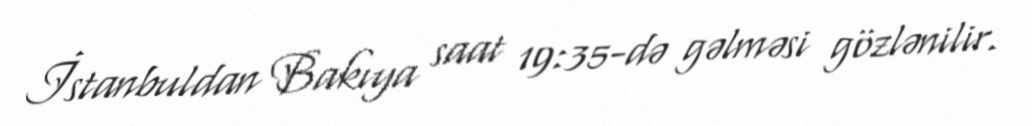
İstanbuldan Bakıya saat 19:35-də gəlməsi gözlənilir.